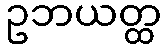
ဥဘယတ္ထ